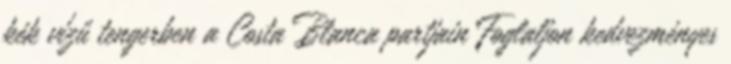
kék vízű tengerben a Costa Blanca partjain Foglaljon kedvezményes